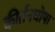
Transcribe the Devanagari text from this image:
कीर्तनघोषा